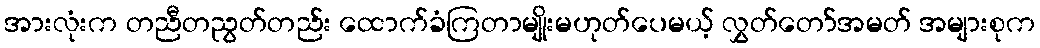
အားလုံးက တညီတညွတ်တည်း ထောက်ခံကြတာမျိုးမဟုတ်ပေမယ့် လွှတ်တော်အမတ် အများစုက